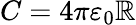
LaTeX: C=4\pi\varepsilon_{0}\mathbb{R}